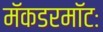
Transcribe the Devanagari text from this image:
मॅकडरमॉटः